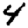
Digit: 4